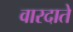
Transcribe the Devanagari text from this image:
वारदाते